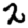
Digit: 2